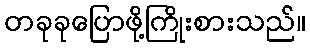
တခုခုပြောဖို့ကြိုးစားသည်။